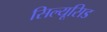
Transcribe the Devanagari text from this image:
सिल्यूसिड